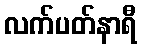
လက်ပတ်နာရီ